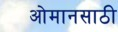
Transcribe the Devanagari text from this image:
ओमानसाठी